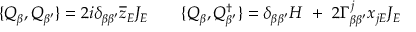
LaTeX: \{ Q _ { \beta } , Q _ { \beta ^ { \prime } } \} = 2 i \delta _ { \beta \beta ^ { \prime } } \overline { { { z } } } _ { E } J _ { E } \quad \quad \{ Q _ { \beta } , Q _ { \beta ^ { \prime } } ^ { \dagger } \} = \delta _ { \beta \beta ^ { \prime } } H \ + \ 2 \Gamma _ { \beta \beta ^ { \prime } } ^ { j } x _ { j E } J _ { E }